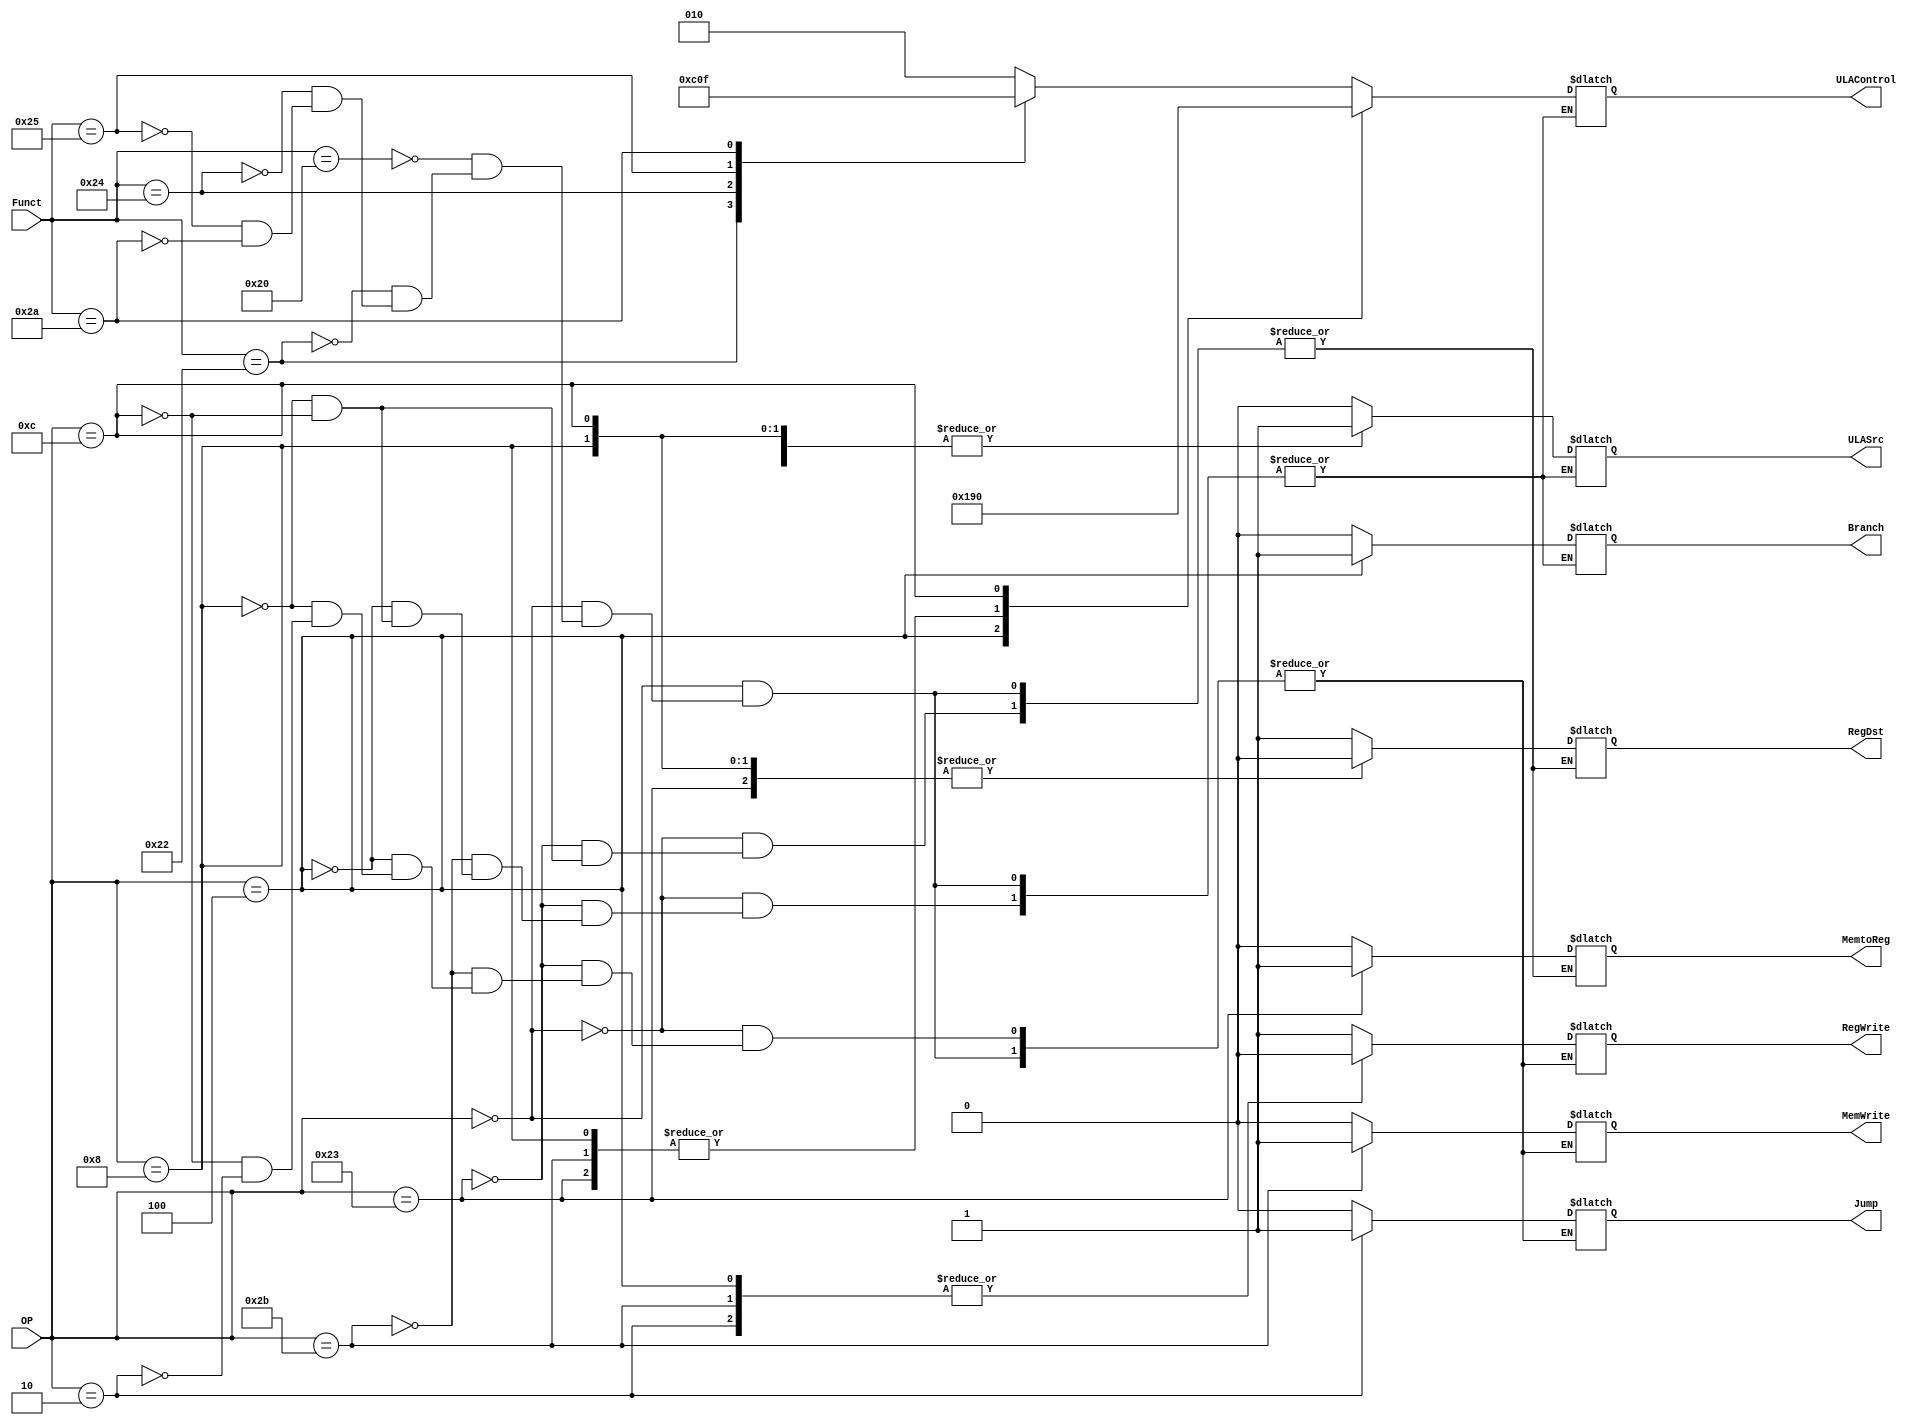
module Uni_Controle (input [5:0] OP, Funct, 
							output reg RegWrite, RegDst, ULASrc, Branch, MemWrite, MemtoReg, Jump, output reg [2:0] ULAControl);
	always @*begin
		case(OP)
				6'b000000 : begin
					case(Funct) 
						6'b100000: begin //ADD
							RegWrite = 1; RegDst = 1; ULASrc = 0; ULAControl = 3'b010; Branch = 0; MemWrite = 0; MemtoReg = 0; Jump = 0;
						           end
						6'b100010: begin //SUB
							RegWrite = 1; RegDst = 1; ULASrc = 0; ULAControl = 3'b110; Branch = 0; MemWrite = 0; MemtoReg = 0; Jump = 0;
										end
						6'b100100: begin //AND
							RegWrite = 1; RegDst = 1; ULASrc = 0; ULAControl = 3'b000; Branch = 0; MemWrite = 0; MemtoReg = 0; Jump = 0;
										end
						6'b100101: begin //OR
							RegWrite = 1; RegDst = 1; ULASrc = 0; ULAControl = 3'b001; Branch = 0; MemWrite = 0; MemtoReg = 0; Jump = 0;
										end
						6'b101010: begin //SLT
							RegWrite = 1; RegDst = 1; ULASrc = 0; ULAControl = 3'b111; Branch = 0; MemWrite = 0; MemtoReg = 0; Jump = 0;
										end
					endcase
							end
				6'b100011 : begin //LW
					RegWrite = 1; RegDst = 0; ULASrc = 1; ULAControl = 3'b010; Branch = 0; MemWrite = 0; MemtoReg = 1; Jump = 0;
								end
				6'b101011 : begin //SW
					RegWrite = 0; ULASrc = 1; ULAControl = 3'b010; Branch = 0; MemWrite = 1; Jump = 0;
								end
				6'b000100 : begin //BEQ
					RegWrite = 0; ULASrc = 0; ULAControl = 3'b110; Branch = 1; MemWrite = 0; Jump = 0;
								end
				6'b001000 : begin //ADDi
					RegWrite = 1; RegDst = 0; ULASrc = 1; ULAControl = 3'b010; Branch = 0; MemWrite = 0; MemtoReg = 0; Jump = 0;
								end
				6'b001100 : begin //ANDi
					RegWrite = 1; RegDst = 0; ULASrc = 1; ULAControl = 3'b000; Branch = 0; MemWrite = 0; MemtoReg = 0; Jump = 0;
								end
				6'b000010 : begin //J
					RegWrite = 0; MemWrite = 0; Jump = 1;
								end		
		endcase
	end	
endmodule